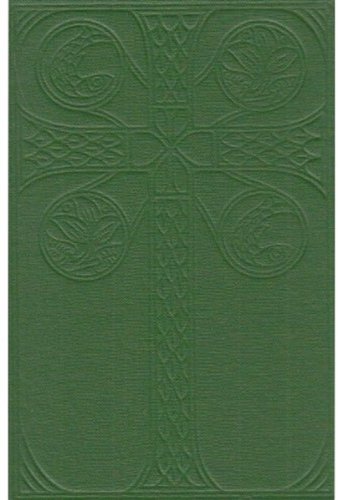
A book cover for The English Hymnal; Oxford University Press; Christian Books & Bibles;